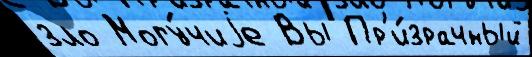
зло Могу́чиjе Вы Пр'и́зрачный